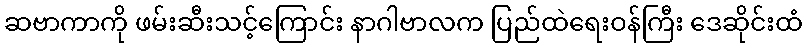
ဆဗာကာကို ဖမ်းဆီးသင့်ကြောင်း နာဂါဗာလက ပြည်ထဲရေးဝန်ကြီး ဒေဆိုင်းထံ